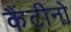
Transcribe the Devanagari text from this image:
कैंटीनो